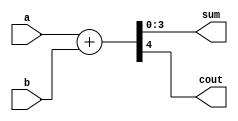
`timescale 1ns / 1ps
//////////////////////////////////////////////////////////////////////////////////
// Company: 
// Engineer: 
// 
// Design Name: 
// Module Name: adder_carry_para
// Project Name: 
// Target Devices: 
// Tool Versions: 
// Description: 
// 
// Dependencies: 
// 
// Revision:
// Revision 0.01 - File Created
// Additional Comments:
// 
//////////////////////////////////////////////////////////////////////////////////


module adder_carry_para
    #(parameter N=4)
        (
        input  [N-1:0] a, b,
      output  [N-1:0] sum,
        output cout   
        );
        //
      localparam  N1 = N-1;  
        wire  [N:0] sum_ext;
        assign  sum_ext = {1'b0, a} + {1'b0, b};
        assign  sum = sum_ext [N1:0] ;
        assign  cout= sum_ext [N] ;
    endmodule